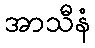
အာသီနံ